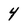
Character: 4